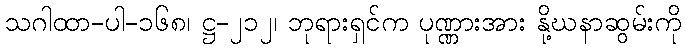
သဂါထာ-ပါ-၁၆၈၊ ဋ္ဌ-၂၁၂၊ ဘုရားရှင်က ပုဏ္ဏားအား နို့ဃနာဆွမ်းကို